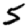
Digit: 5